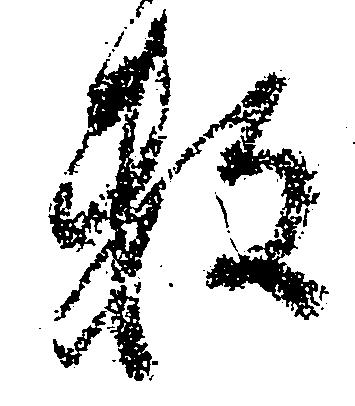
頼